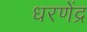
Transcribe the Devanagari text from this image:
धरणेंद्र